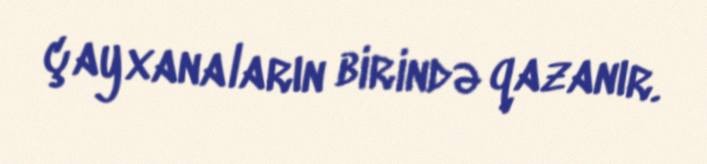
çayxanaların birində qazanır.